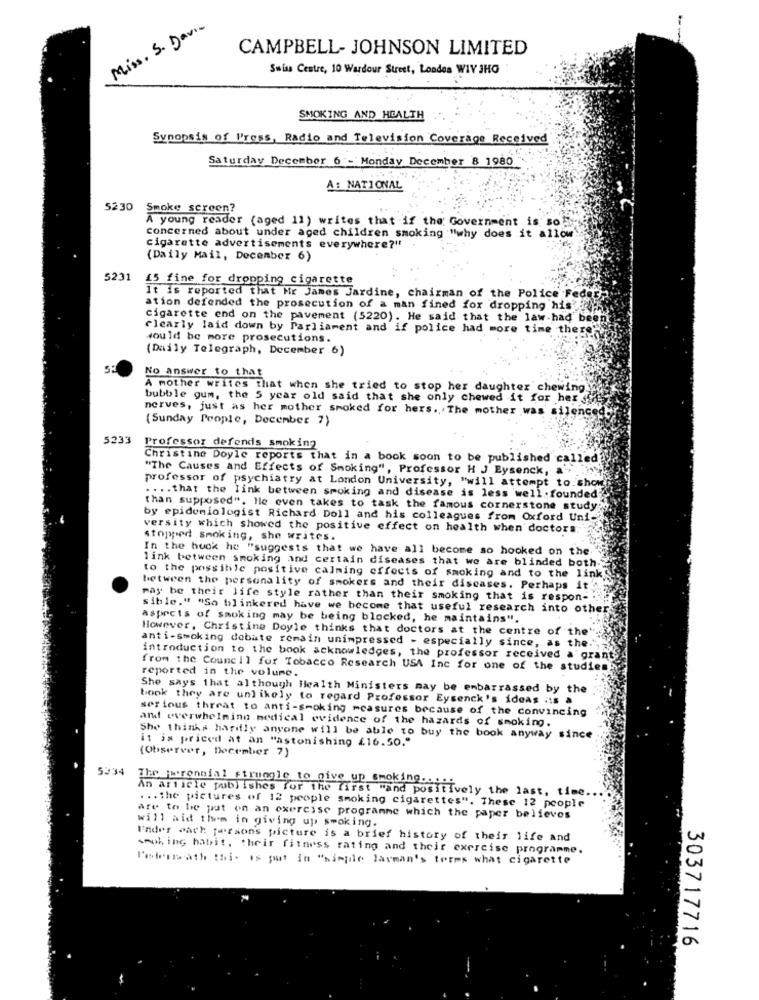
Miss. S. Davia
CAMPBELL- JOHNSON LIMITED
Swiss Centre, 10 Wardour Street, London WIY JHG
SMOKING AND HEALTH
Synopsis of Press, Radio and Television Coverage Received
Saturday December 6 - Monday December 8 1980
A: NATIONAL
5230
Smoke screen?
A young reader (aged 11) writes that if the Government is sofly
concerned about under aged children smoking "why does it allow!
cigarette advertisements everywhere?"t
(Daily Mail, December 6)
5231
45 fine for dropping cigarette
It is reported that Mr James Jardine, chairman of the Police Fedeth
ation defended the prosecution of a man fined fox dropping his
cigarette end on the pavement (5220). He said that the law had been
clearly laid down by Parliament and if police had more time there"
would be more prosecutions.
(Daily Telegraph, December 6)
No answer to that
A mother writes that when she tried to stop her daughter chewing.
bubble gum, the 5 year old said that she only chewed it for her s
nerves, just as her mother smoked for hers. The mother was silenced
( Sunday People, December 7)
5233
Professor defends smoking
Christine Doyle reports that in a book soon to be published called
"The Causes and Effects of Smoking", Professor H J Eysenck, a"
professor of psychiatry at London University, "will attempt to. show
.... that the link between smoking and disease is less well . founded
than supposed". Hle even takes to task the famous cornerstone study:
by epidemiologist Richard Doll and his colleagues from Oxford Uni-
versity which showed the positive effect on health when doctors.
stopped Smoking, she writes.
In the book he "suggests that we have all become so hooked on the
link between smoking and certain diseases that we are blinded both-
to the possible positive calming effects of smoking and to the link
between the personality of smokers and their diseases. Perhaps it'
may be their life style rather than their smoking that is respon-
sible." "So blinkered have we become that useful research into other
aspects of smoking may be being blocked, he maintains".
However, Christine Doyle thinks that doctors at the centre of the"
anti-smoking debate remain unimpressed - especially since, as the.",
introduction to the book acknowledges, the professor received a gran
from the Council for Tobacco Research USA Inc for one of the studies
reported in the volume.
She says that although Health Ministers may be embarrassed by the
book they are unlikely to regard Professor Eysenck's ideas .: s a
serious threat to anti-smoking measures because of the convincing
and overwhelming medical evidence of the hazards of smoking.
She thinks hardly anyone will be able to buy the book anyway since
it is priced at an "astonishing £16.50."
(Observer, December 7)
5234
The Farrennial struggle to give up smoking .....
An article publishes for the first "and positively the last, time.
. .. the pictures of 12 people smoking cigarettes". These 12 people
are to be put on an exercise programme which the paper believes
will aid them in giving up smoking.
Ender each persons picture is a brief history of their life and
smoking habit, their fitness rating and their exercise programme.
Pedermeath this is put in "simfile layman's terms what cigarette
303717716